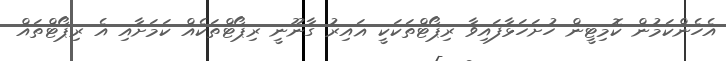
އެހެންކަމުން ކޮމިޓީން ހުށަހަޅާފައިވާ ރިޕޯޓްތަކަކީ ޣައިރު ގާނޫނީ ރިޕޯޓްތަކެއް ކަމަށާއި އެ ރިޕޯޓްތައް